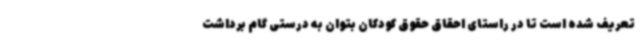
تعریف شده است تا در راستای احقاق حقوق کودکان بتوان به درستی گام برداشت